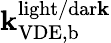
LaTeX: \mathbf{k}_{\mathrm{{VDE,b}}}^{\mathrm{{light/dar\mathbf{k}}}}